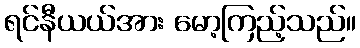
ရင်နီယယ်အား မော့ကြည့်သည်။